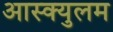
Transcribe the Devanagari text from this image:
आस्क्युलम